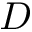
D